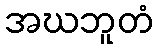
အဃဘူတံ